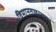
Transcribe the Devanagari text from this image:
विमानतळाच्याच